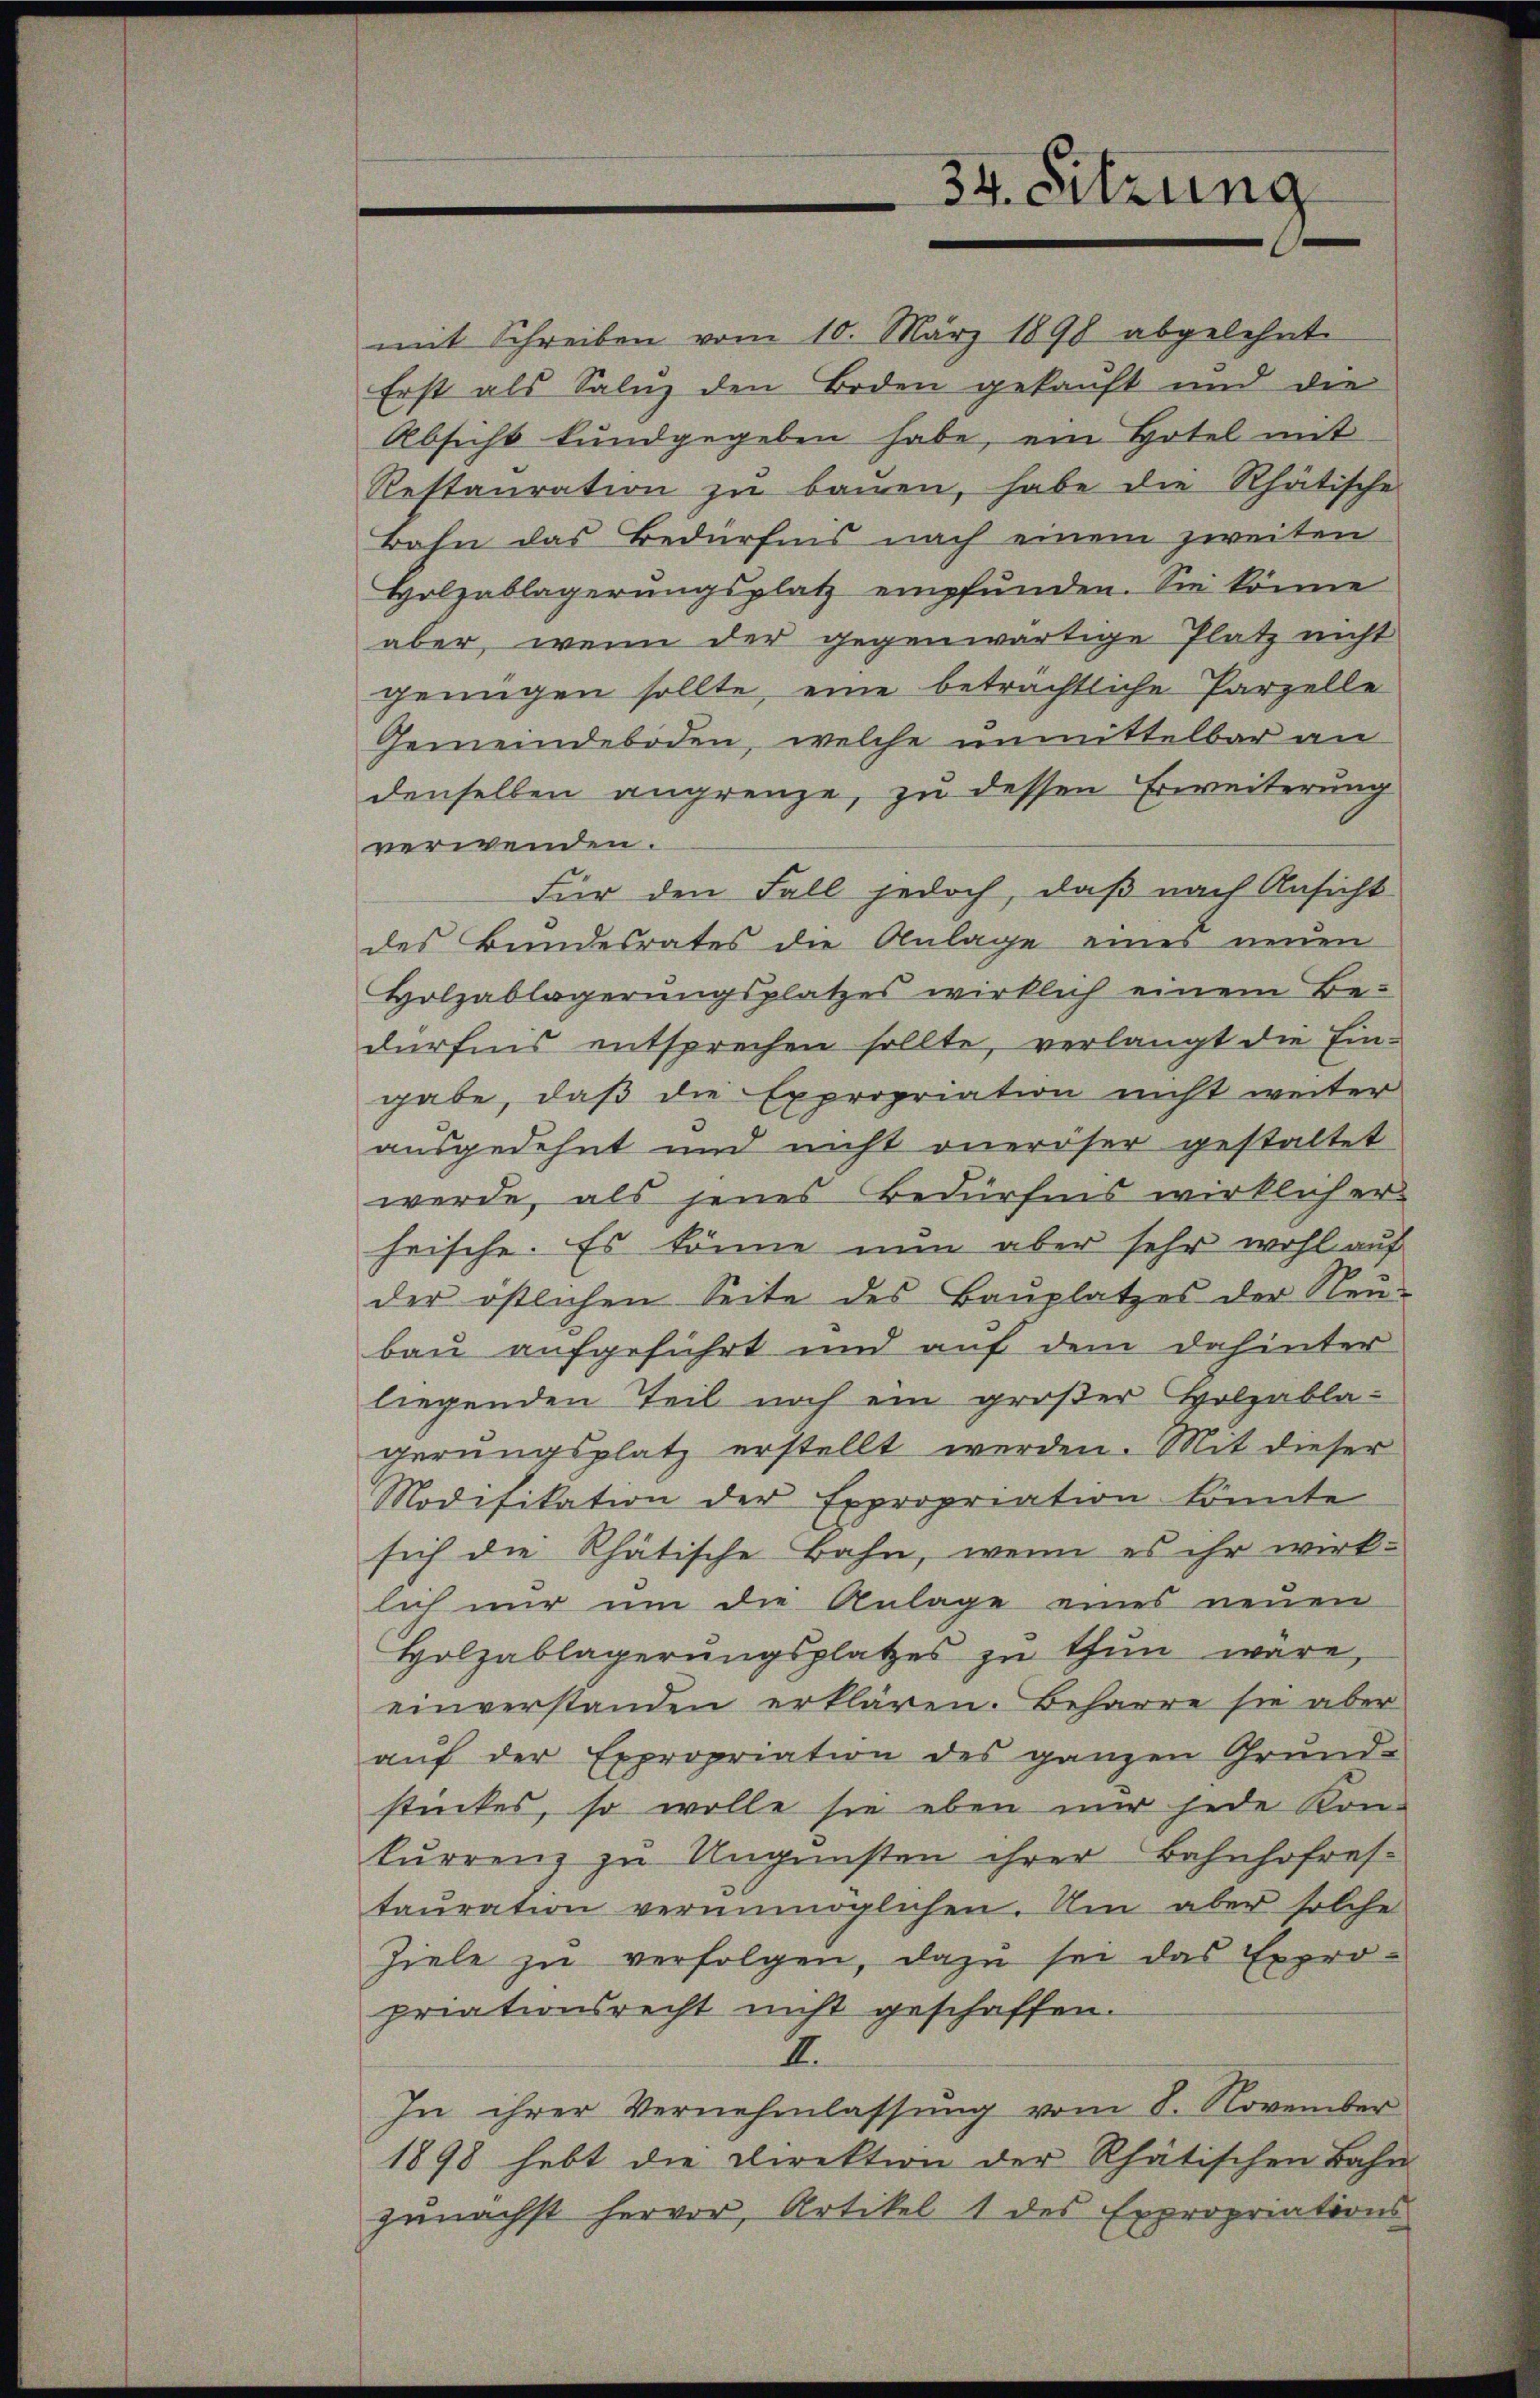
34. Sitzung

mit Schreiben vom 10. März 1890 abgelehnt
Erst als Saluz den Boden gekauft und die
Absicht kundgegeben habe, ein Hotel mit
Restauration zu bauen, habe die Rhätische
Bahn das Bedürfnis nach einem zweiten
Holzablagerŭngsplatz empfunden. Sie könne
aber, wenn der gegenwärtige Platz nicht
genügen sollte, eine beträchtliche Parzelle
Gemeindeboden, welche unmittelbar an
denselben angrenze, zu dessen Erweiterung
verwenden.
Für den Fall jedoch, daß nach Ansicht
des Bundesrates die Anlage eines neuen
Holzablagerŭngsplatzes wirklich einem Be-
dürfnis entsprechen sollte, verlangt die Eingabe, daß die Expropriation nicht weiter
ausgedehnt und nicht oneroser gestaltet
werde, als jenes Bedürfnis wirklich er-
heische. Es könne nun aber sehr wohl auf
der östlichen Seite des Bauplatzes der Neubau aufgeführt und auf dem dahinter
liegenden Teil noch ein großer Holzablagerungsplatz erstellt werden. Mit dieser
Modifikation der Expropriation könnte
sich die Rhätische Bahn, wenn es ihr wirklich nur um die Anlage eines neuen
Holzablagerŭngsplatzes zŭ thŭn wäre,
einverstanden erklären. Beharre sie aber
aŭf der Expropriation des ganzen Grund-
stückes, so wolle sie eben mir jede Kon-
kurrenz zu Ungunsten ihrer Bahnhofres-
tauration verunmöglichen. Um aber solche
Ziele zŭ verfolgen, dazu sei das Expro-
priationsrecht nicht geschaffen.
E
In ihrer Vernehmlassung vom 8. November
1898 hebt die Direktion der Rhätischen Bahn
genächst hervor, Artikel 1 des Expropriations